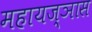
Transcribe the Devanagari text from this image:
महायज्ञास